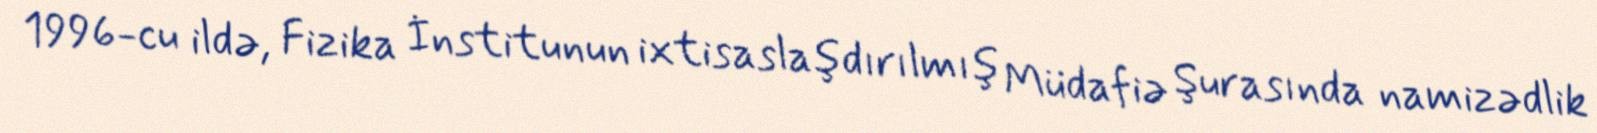
1996-cu ildə, Fizika İnstitunun ixtisaslaşdırılmış Müdafiə Şurasında namizədlik